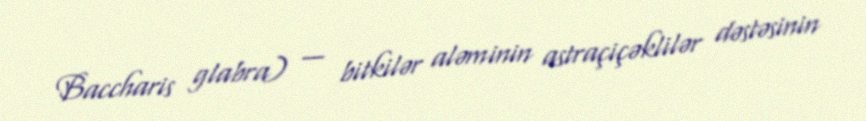
Baccharis glabra) — bitkilər aləminin astraçiçəklilər dəstəsinin